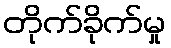
တိုက်ခိုက်မှု